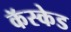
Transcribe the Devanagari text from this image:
कॅस्केड